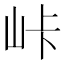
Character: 𡶛